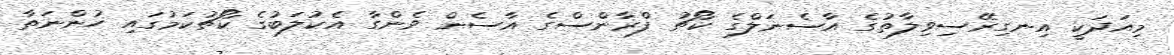
މިއަދަކީ އިނގިރޭސިވިލާތުގެ އާސެނަލްގެ ކޯޗު ފްރާންސްގެ އާސެން ވެންގާ އެކުލަބުގެ ކޯޗުކަމުގައި ހުންނަތާ